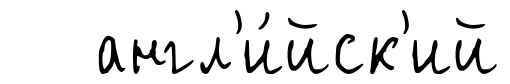
англ'и́йск'ий